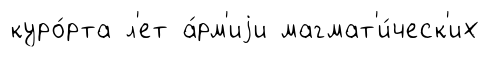
куро́рта л'ет а́рм'иjи магмат'и́ческ'их